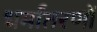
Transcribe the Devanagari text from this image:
धर्मांतरणों